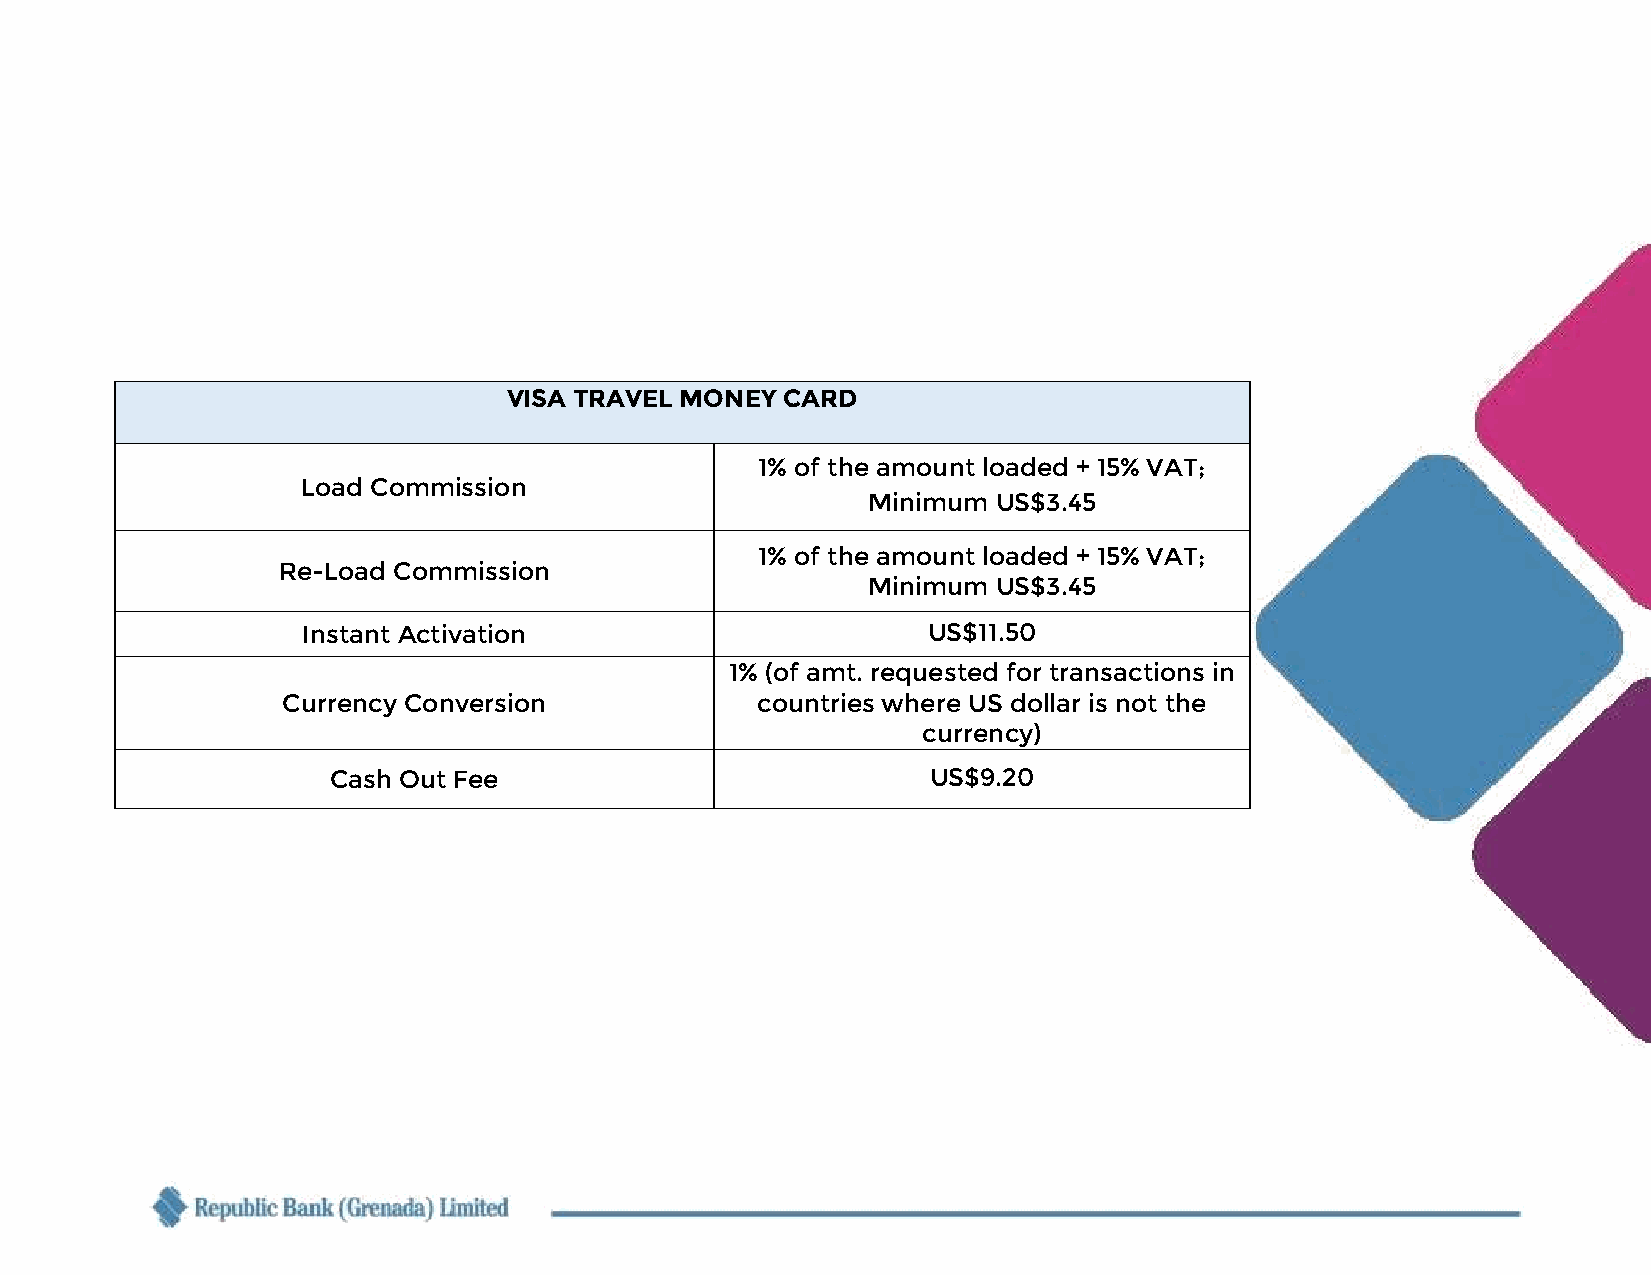
VISA TRAVEL MONEY CARD
 1% of the amount loaded + 15% VAT;
 Load Commission
 Minimum  US$3.45
 1% of the amount loaded + 15% VAT;
 Re-Load Commission
 Minimum  US$3.45
 Instant Activation                       US$11.50
 1% (of amt. requested for transactions in
 Currency Conversion            countries where US dollar is not the
 currency)
 Cash Out Fee                            US$9.20